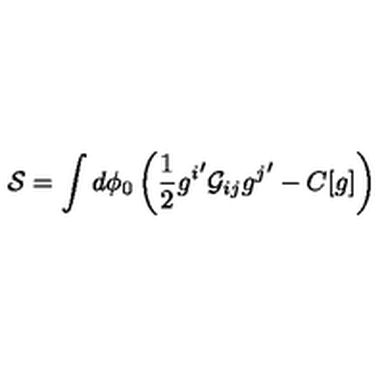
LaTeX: { \cal S } = \int d \phi _ { 0 } \left( \frac { 1 } { 2 } { g ^ { i } } ^ { \prime } { \cal G } _ { i j } { g ^ { j } } ^ { \prime } - C [ g ] \right)